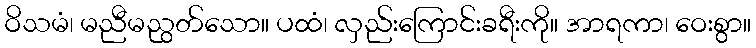
ဝိသမံ၊ မညီမညွတ်သော။ ပထံ၊ လှည်းကြောင်းခရီးကို။ အာရကာ၊ ဝေးစွာ။